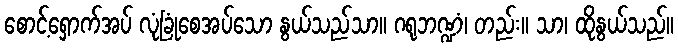
စောင့်ရှောက်အပ် လုံခြုံစေအပ်သော နွယ်သည်သာ။ ဂရုဘဏ္ဍံ၊ တည်း။ သာ၊ ထိုနွယ်သည်။